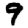
Digit: 9